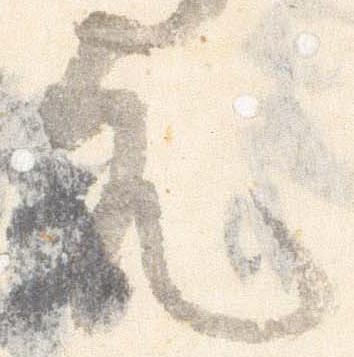
元